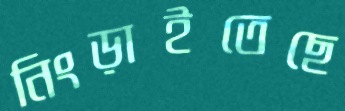
নিংড়াইতেছে